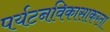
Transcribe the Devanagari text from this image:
पर्यटनविकासाकरता